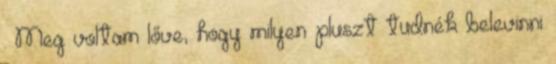
. Meg voltam lőve, hogy milyen pluszt tudnék belevinni